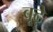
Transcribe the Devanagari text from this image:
बूढ़े़